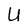
Character: U